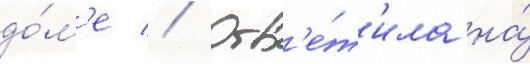
до́м'е // Отв'е́т'ила на́